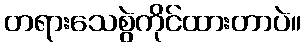
တရားသေစွဲကိုင်ထားတာပဲ။